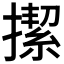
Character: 𢴲